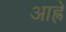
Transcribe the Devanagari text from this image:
आह्रे